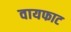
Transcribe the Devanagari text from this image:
वायफाट